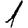
Digit: 1